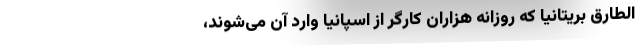
الطارق بریتانیا که روزانه هزاران کارگر از اسپانیا وارد آن می‌شوند،